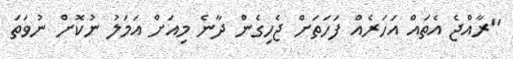
"ރާއްޖެ އެތައް އަހަރެއް ފަހަތަށް ޖެހިގެން ދާނެ މިއަށް އަމަލު ނުކޮށް ނުވަތަ